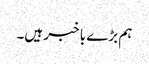
ہم بڑے با خبر ہیں۔